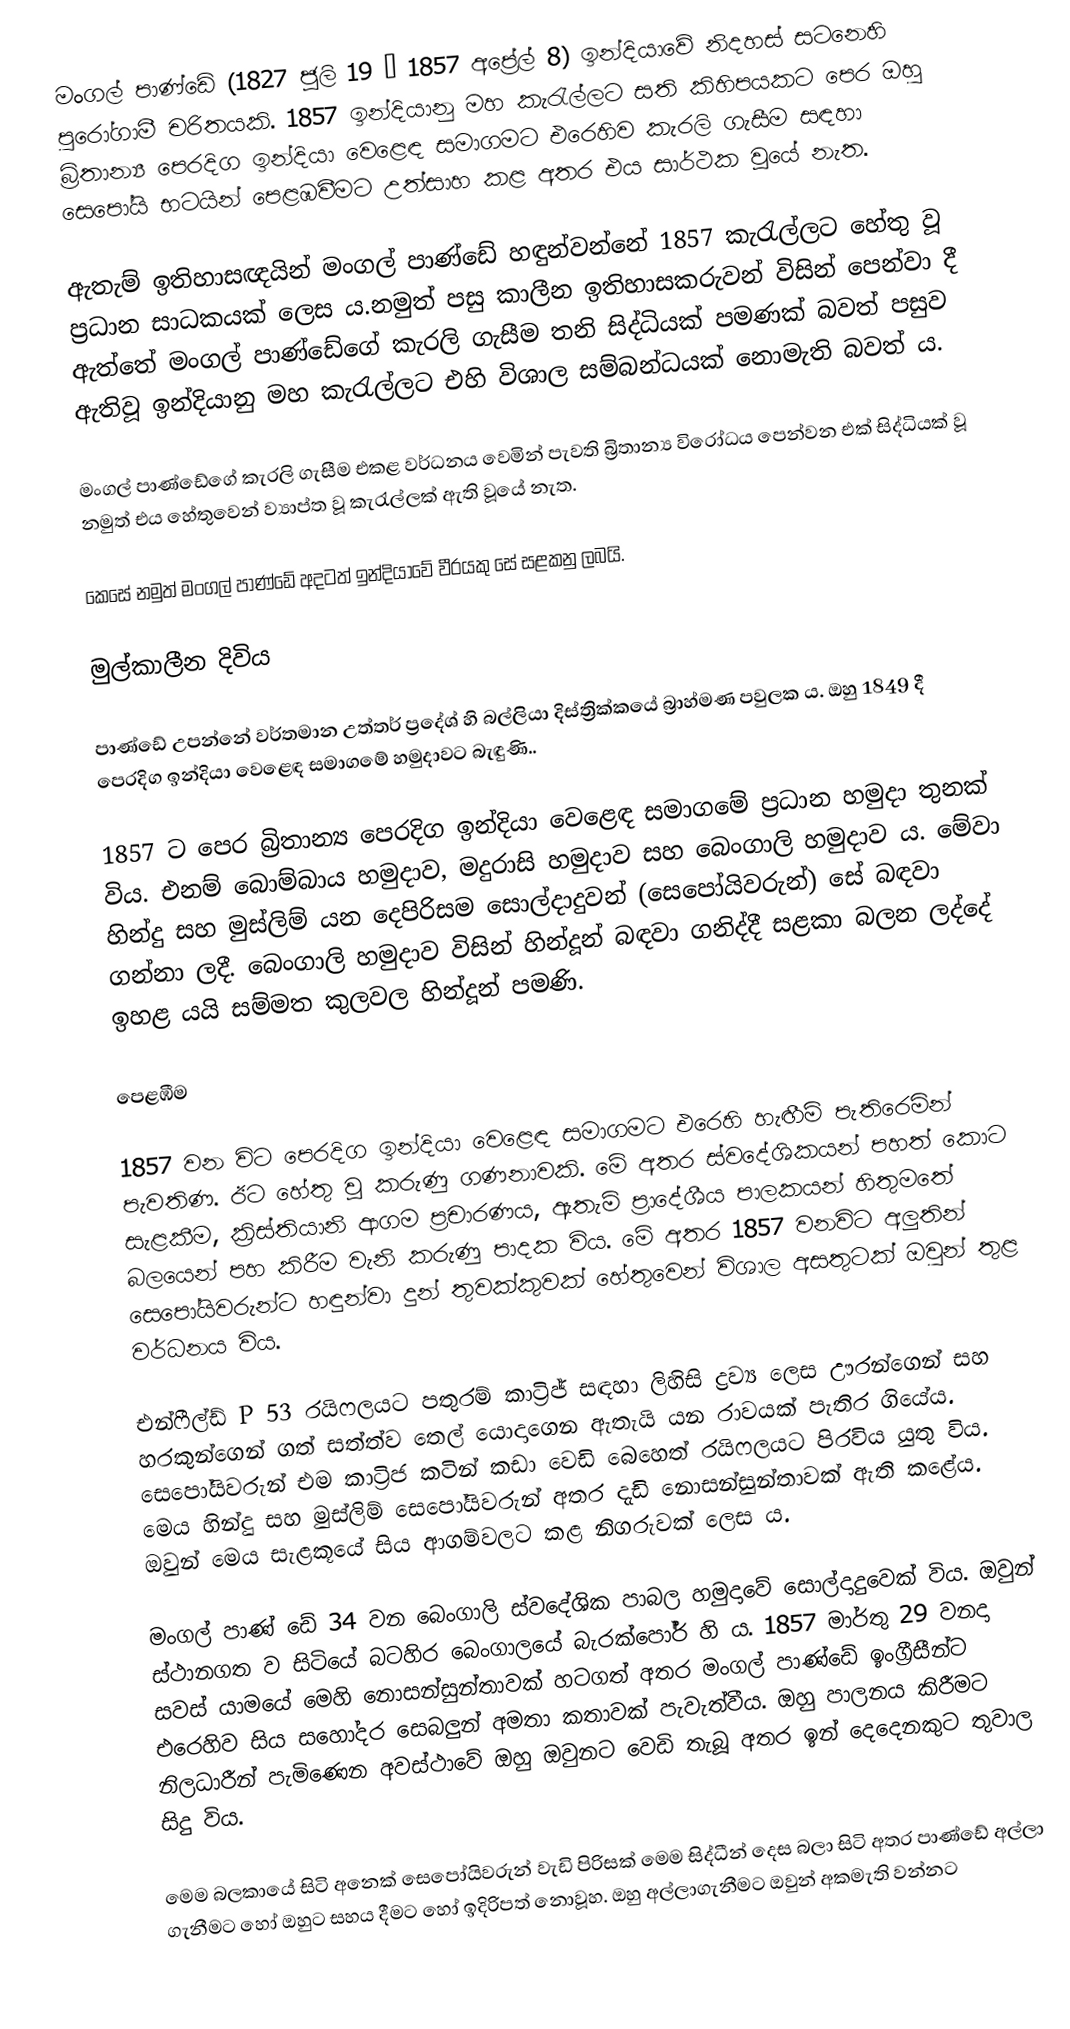
මංගල් පාණ්ඩේ (1827 ජූලි 19 – 1857 අප්‍රේල් 8) ඉන්දියාවේ නිදහස් සටනෙහි පුරෝගාමී චරිතයකි. 1857 ඉන්දියානු මහ කැරැල්ලට සති කිහිපයකට පෙර ඔහු බ්‍රිතාන්‍ය පෙරදිග ඉන්දියා වෙළෙඳ සමාගමට එරෙහිව කැරලි ගැසීම සඳහා සෙපෝයි භටයින් පෙළඹවීමට උත්සාහ කළ අතර එය සාර්ථක වූයේ නැත.

ඇතැම් ඉතිහාසඥයින් මංගල් පාණ්ඩේ හඳුන්වන්නේ 1857 කැරැල්ලට හේතු වූ ප්‍රධාන සාධකයක් ලෙස ය.නමුත් පසු කාලීන ඉතිහාසකරුවන් විසින් පෙන්වා දී ඇත්තේ මංගල් පාණ්ඩේගේ කැරලි ගැසීම තනි සිද්ධියක් පමණක් බවත් පසුව ඇතිවූ ඉන්දියානු මහ කැරැල්ලට එහි විශාල සම්බන්ධයක් නොමැති බවත් ය.

මංගල් පාණ්ඩේගේ කැරලි ගැසීම එකළ වර්ධනය වෙමින් පැවති බ්‍රිතාන්‍ය විරෝධය පෙන්වන එක් සිද්ධියක් වූ නමුත් එය හේතුවෙන් ව්‍යාප්ත වූ කැරැල්ලක් ඇති වූයේ නැත.

කෙසේ නමුත් මංගල් පාණ්ඩේ අදටත් ඉන්දියාවේ වීරයකු සේ සළකනු ලබයි.

මුල්කාලීන දිවිය

පාණ්ඩේ උපන්නේ වර්තමාන උත්තර් ප්‍රදේශ් හි බල්ලියා දිස්ත්‍රික්කයේ බ්‍රාහ්මණ පවුලක ය. ඔහු 1849 දී පෙරදිග ඉන්දියා වෙළෙඳ සමාගමේ හමුදාවට බැඳුණි..

1857 ට පෙර බ්‍රිතාන්‍ය පෙරදිග ඉන්දියා වෙළෙඳ සමාගමේ ප්‍රධාන හමුදා තුනක් විය. එනම් බොම්බාය හමුදාව, මදුරාසි හමුදාව සහ බෙංගාලි හමුදාව ය. මේවා හින්දු සහ මුස්ලිම් යන දෙපිරිසම සොල්දාදුවන් (සෙපෝයිවරුන්) සේ බඳවා ගන්නා ලදී. බෙංගාලි හමුදාව විසින් හින්දූන් බඳවා ගනිද්දී සළකා බලන ලද්දේ ඉහළ යයි සම්මත කුලවල හින්දූන් පමණි.

පෙළඹීම

1857 වන විට පෙරදිග ඉන්දියා වෙළෙඳ සමාගමට එරෙහි හැඟීම් පැතිරෙමින් පැවතිණ. ඊට හේතු වූ කරුණු ගණනාවකි. මේ අතර ස්වදේශිකයන් පහත් කොට සැළකීම, ක්‍රිස්තියානි ආගම ප්‍රචාරණය, ඇතැම් ප්‍රාදේශීය පාලකයන් හිතුමතේ බලයෙන් පහ කිරීම වැනි කරුණු පාදක විය. මේ අතර 1857 වනවිට අලුතින් සෙපෝයිවරුන්ට හඳුන්වා දුන් තුවක්කුවක් හේතුවෙන් විශාල අසතුටක් ඔවුන් තුළ වර්ධනය විය.

එන්ෆීල්ඩ් P 53 රයිෆලයට පතුරම් කාට්‍රිජ් සඳහා ලිහිසි ද්‍රව්‍ය ලෙස ඌරන්ගෙන් සහ හරකුන්ගෙන් ගත් සත්ත්ව තෙල් යොදාගෙන ඇතැයි යන රාවයක් පැතිර ගියේය. සෙපෝයිවරුන් එම කාට්‍රිජ කටින් කඩා වෙඩි බෙහෙත් රයිෆලයට පිරවිය යුතු විය. මෙය හින්දු සහ මුස්ලිම් සෙපෝයිවරුන් අතර දැඩි නොසන්සුන්තාවක් ඇති කළේය. ඔවුන් මෙය සැළකූයේ සිය ආගම්වලට කළ නිගරුවක් ලෙස ය.

මංගල් පාණ් ඩේ 34 වන බෙංගාලි ස්වදේශික පාබල හමුදාවේ සොල්දාදුවෙක් විය. ඔවුන් ස්ථානගත ව සිටියේ බටහිර බෙංගාලයේ බැරක්පෝර් හි ය. 1857 මාර්තු 29 වනදා සවස් යාමයේ මෙහි නොසන්සුන්තාවක් හටගත් අතර මංගල් පාණ්ඩේ ඉංග්‍රීසීන්ට එරෙහිව සිය සහෝදර සෙබලුන් අමතා කතාවක් පැවැත්වීය. ඔහු පාලනය කිරීමට නිලධාරීන් පැමිණෙන අවස්ථාවේ ඔහු ඔවුනට වෙඩි තැබූ අතර ඉන් දෙදෙනකුට තුවාල සිදු විය.

මෙම බලකායේ සිටි අනෙක් සෙපෝයිවරුන් වැඩි පිරිසක් මෙම සිද්ධීන් දෙස බලා සිටි අතර පාණ්ඩේ අල්ලා ගැනීමට හෝ ඔහුට සහය දීමට හෝ ඉදිරිපත් නොවූහ. ඔහු අල්ලාගැනීමට ඔවුන් අකමැති වන්නට